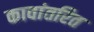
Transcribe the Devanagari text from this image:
कावांतरित